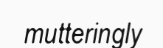
mutteringly